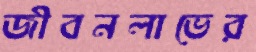
জীবনলাভের